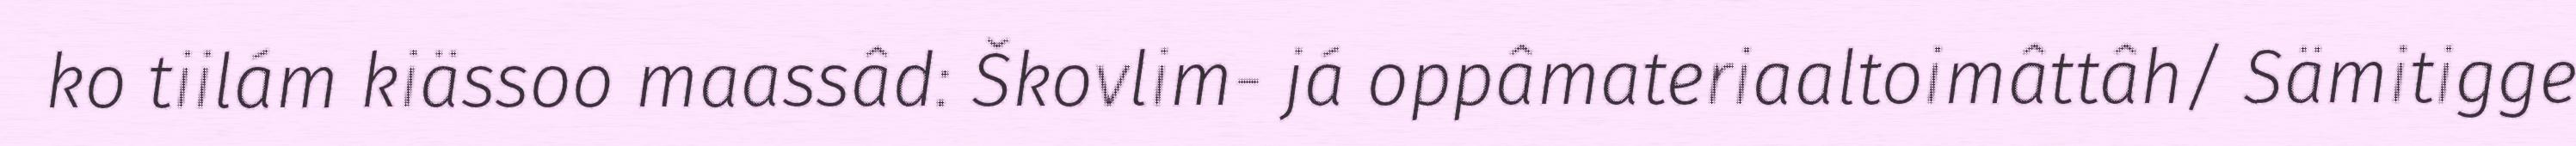
ko tiilám kiässoo maassâd: Škovlim- já oppâmateriaaltoimâttâh/ Sämitigge